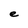
Character: e